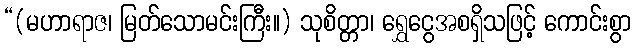
“(မဟာရာဇ၊ မြတ်သောမင်းကြီး။) သုစိတ္တာ၊ ရွှေငွေအစရှိသဖြင့် ကောင်းစွာ